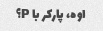
اوه، پارکر با P؟